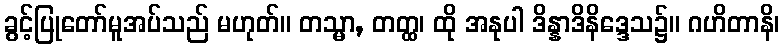
ခွင့်ပြုတော်မူအပ်သည် မဟုတ်။ တသ္မာ, တတ္ထ၊ ထို အနုပါ ဒိန္နာဒိနိဒ္ဒေသ၌။ ဂဟိတာနိ၊